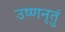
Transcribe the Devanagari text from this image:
उष्णनृतुं